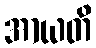
အာယတိ